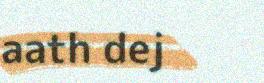
aath dej